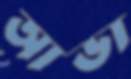
আভা